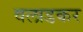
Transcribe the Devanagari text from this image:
वलाडकर